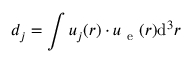
d _ { j } = \int \boldsymbol { u } _ { j } ( \boldsymbol { r } ) \cdot \boldsymbol { u } _ { \mathrm { ~ e ~ } } ( \boldsymbol { r } ) \mathrm { d } ^ { 3 } \boldsymbol { r }